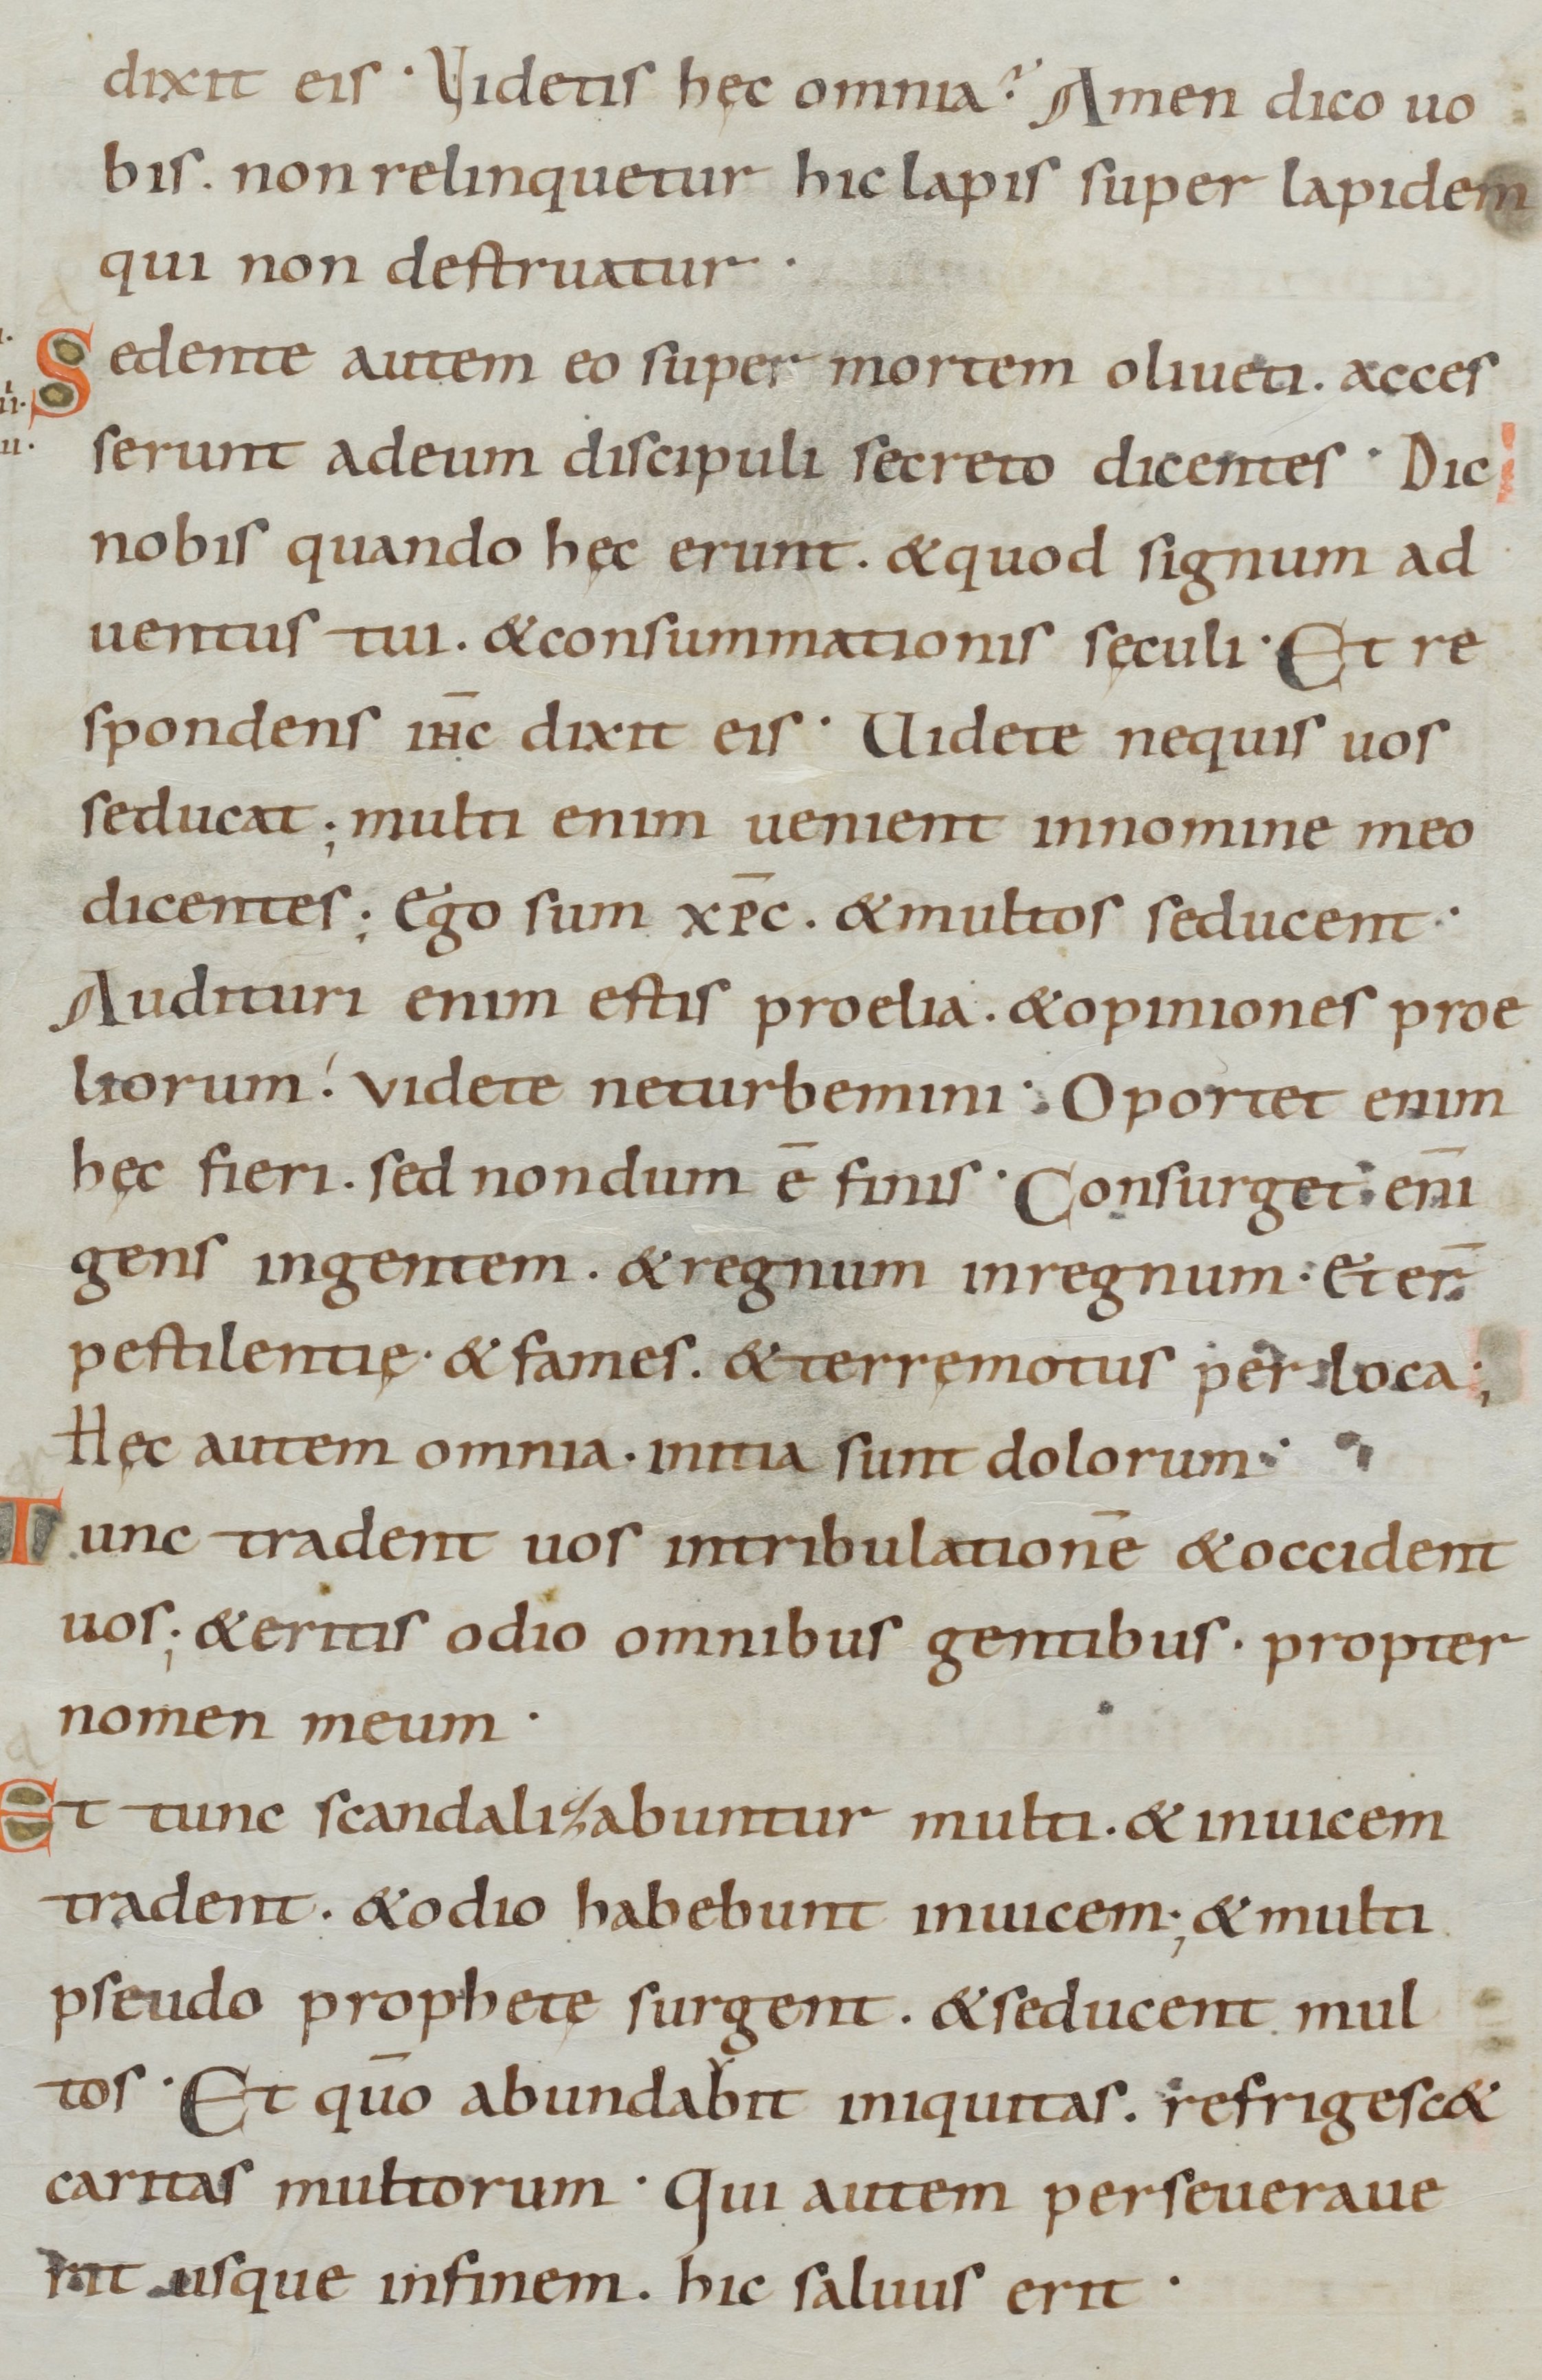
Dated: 885–950